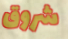
شروق